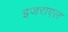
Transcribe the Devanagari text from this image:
इजराएल